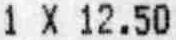
1 X 12.50